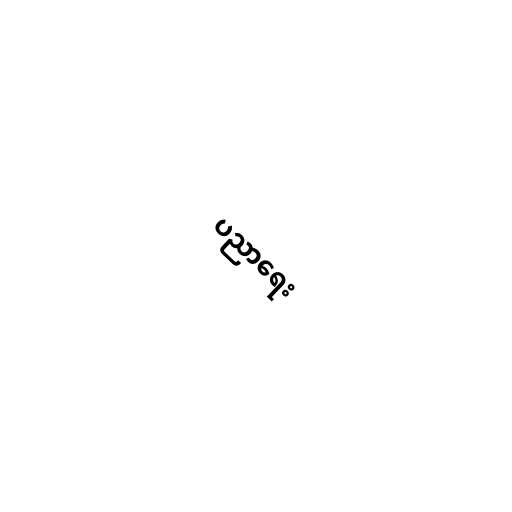
ပညာရေး